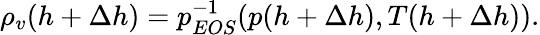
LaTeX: \rho_{v}(h+\Delta h)=p_{EOS}^{-1}(p(h+\Delta h),T(h+\Delta h)).